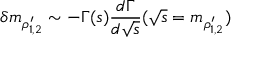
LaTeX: \delta m _ { \rho _ { 1 , 2 } ^ { \prime } } \sim - \Gamma ( s ) { \frac { d \Gamma } { d \sqrt { s } } } ( \sqrt { s } = m _ { \rho _ { 1 , 2 } ^ { \prime } } )